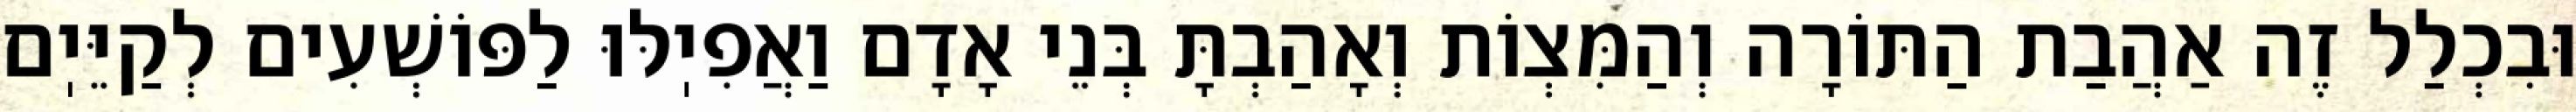
וּבִכְלַל זֶה אַהֲבַת הַתּוֹרָה וְהַמִּצְוֹת וְאָהַבְתָּ בְּנֵי אָדָם וַאֲפִיֽלּוּ לַפּוֹשְׁעִים לְקַיֵּיֽם